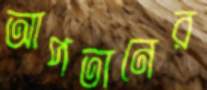
আপতানের